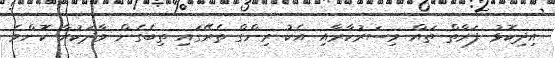
އިދިކޮޅު ފަރާތް ތައް މިސަރުކާރާއި އެކު ރިންގް ތެރޭގައި ތިބެގެން ވާދަކުރާ ކޮންމެ